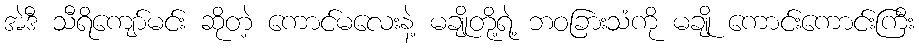
အဲဒီ သီရိကျော်မင်း ဆိုတဲ့ ကောင်မလေးနဲ့ မချိုတို့ရဲ့ ဘဝခြားသံကို မချို ကောင်းကောင်းကြီး